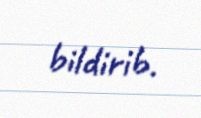
bildirib.